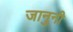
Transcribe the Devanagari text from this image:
जानुनी